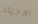
الاحياء